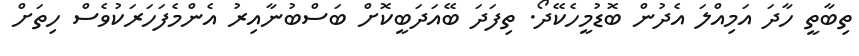
ތިބާތީ ހާދަ އަމިއްލަ އެދުން ބޮޑުމީހެކޭދޯ. ތިފަދަ ބޭއަދަބީކޮށް ބަސްބުނާއިރު އެންމެފަހަރަކުވެސް ހިތަށް